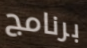
برنامج